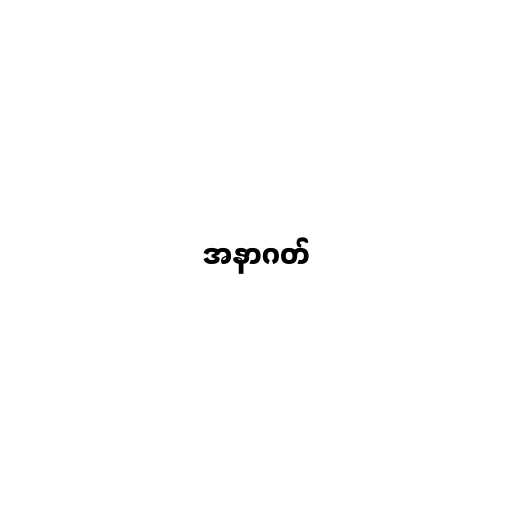
အနာဂတ်